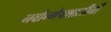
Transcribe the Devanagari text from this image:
नवोन्मेषशालीनी